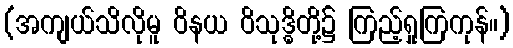
(အကျယ်သိလိုမူ ဝိနယ ဝိသုဒ္ဓိတို့၌ ကြည့်ရှုကြကုန်။)